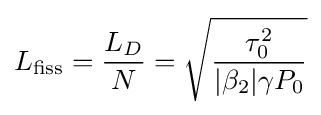
L_{\mathrm {fiss} }={\frac {L_{D}}{N}}={\sqrt {\frac {\tau _{0}^{2}}{|\beta _{2}|\gamma P_{0}}}}